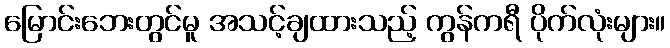
မြောင်းဘေးတွင်မူ အသင့်ချထားသည့် ကွန်ကရီ ပိုက်လုံးများ။